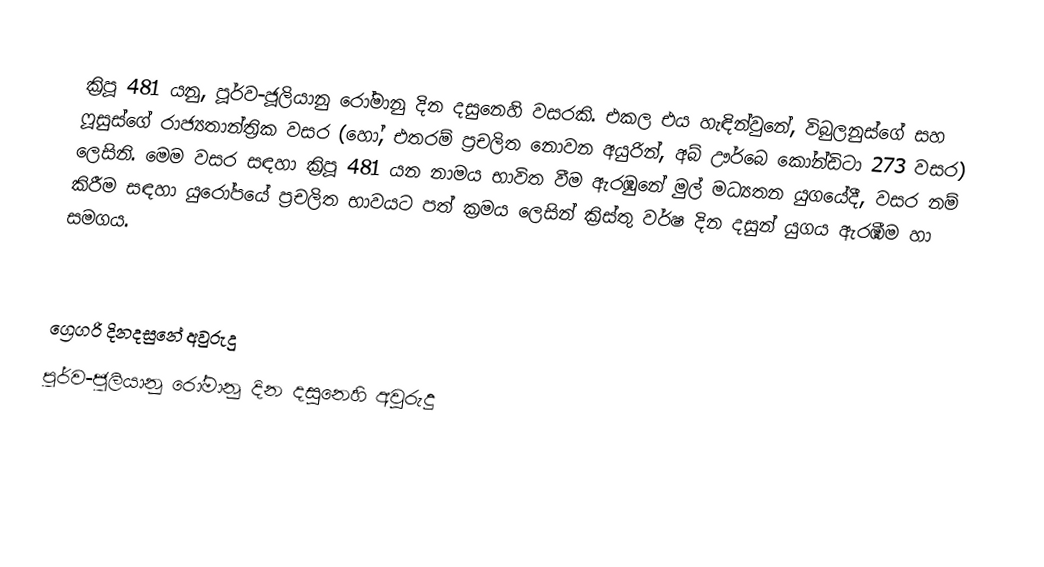

ක්‍රිපූ 481 යනු, පූර්ව-ජූලියානු රෝමානු දින දසුනෙහි වසරකි. එකල එය හැඳින්වුනේ, විබුලනුස්ගේ සහ ෆූසුස්ගේ රාජ්‍යතාන්ත්‍රික වසර (හෝ, එතරම් ප්‍රචලිත නොවන අයුරින්, අබ් ඌර්බෙ කෝන්ඩිටා 273 වසර) ලෙසිනි. මෙම වසර සඳහා ක්‍රිපූ 481 යන නාමය භාවිත වීම ඇරඹුනේ මුල්  මධ්‍යතන යුගයේදී, වසර නම් කිරීම සඳහා යුරෝපයේ ප්‍රචලිත භාවයට පත් ක්‍රමය ලෙසින් ක්‍රිස්තු වර්ෂ දින දසුන් යුගය ඇරඹීම හා සමගය.

ග්‍රෙගරි දිනදසුනේ අවුරුදු
පූර්ව-ජූලියානු රෝමානු දින දසුනෙහි අවුරුදු